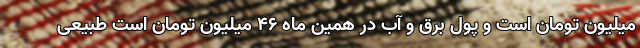
میلیون تومان است و پول برق و آب در همین ماه ۴۶ میلیون تومان است طبیعی